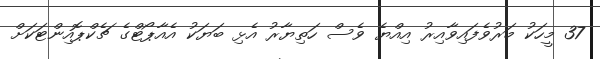
37 މީހަކު މަރުވެފައިވާއިރު އިއްޔެ ވެސް ހަތިޔާރު އެޅި ބަޔަކު އެއާޕޯޓްގެ ޗެކްޕޮއިންޓަކަށް